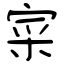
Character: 寀